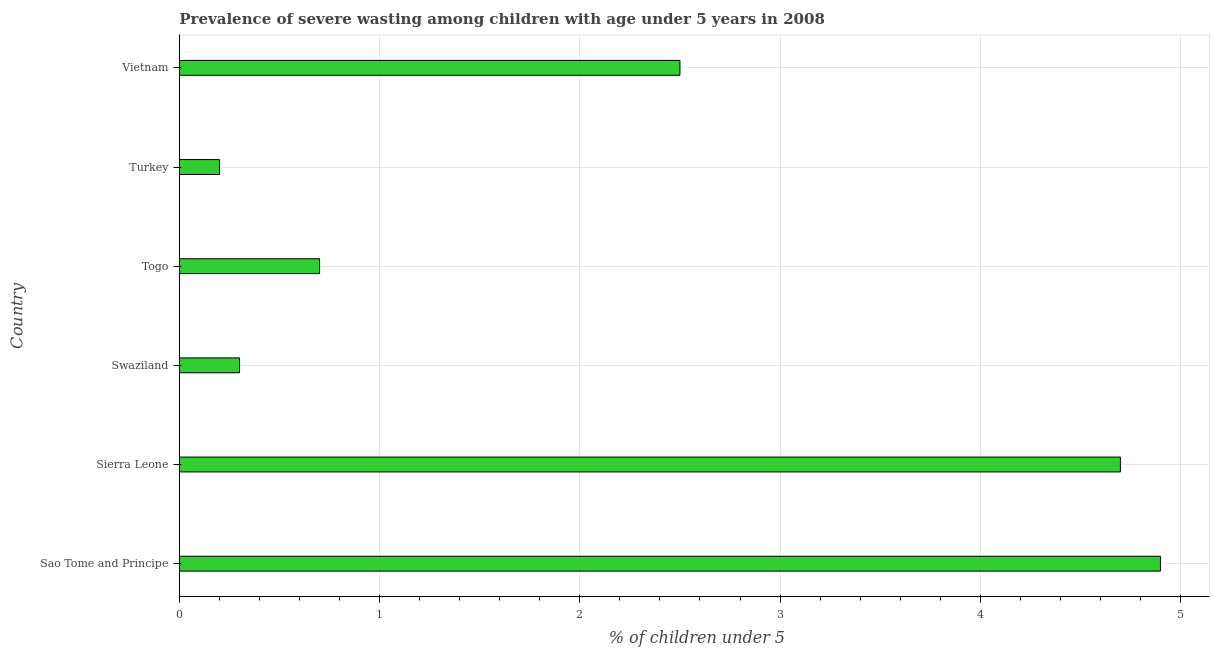
| Country | Prevalence of severe wasting |
 | --- | --- |
 | Sao Tome and Principe | 4.9 |
 | Sierra Leone | 4.7 |
 | Swaziland | 0.3 |
 | Togo | 0.7 |
 | Turkey | 0.2 |
 | Vietnam | 2.5 |